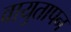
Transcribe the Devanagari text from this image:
वायुतापन